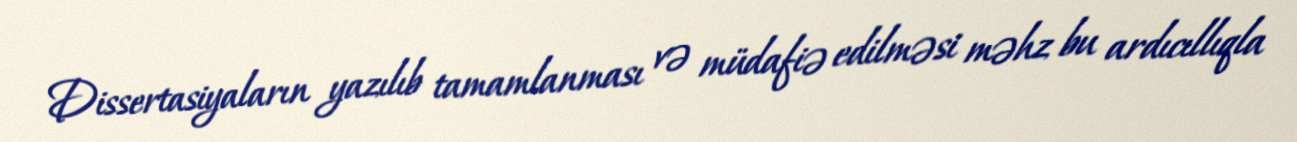
Dissertasiyaların yazılıb tamamlanması və müdafiə edilməsi məhz bu ardıcıllıqla